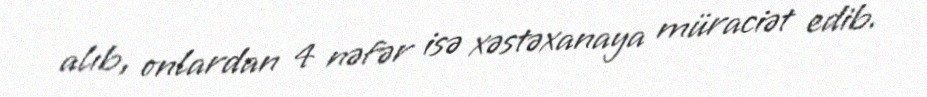
alıb, onlardan 4 nəfər isə xəstəxanaya müraciət edib.